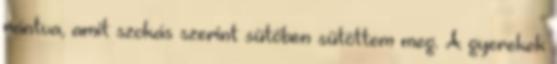
rántva, amit szokás szerint sütőben sütöttem meg. A gyerekek